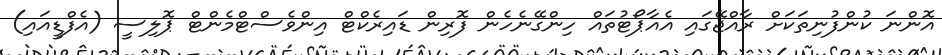
އޮންނަ ކުންފުނިތަކަށް ރާއްޖޭގައި އެއާޕޯޓުތައް ހިންގޭނެހެން ފޮރިން ޑައިރެކްޓް އިންވެސްޓްމެންޓް ޕޮލިސީ (އެފްޑީއައި)